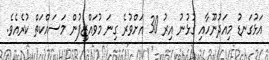
އަޅުގަނޑު މިއަދުނޫހާއި ގުޅުނު އިރު 30 އަށްވުރެ ގިނަ މުވައްޒިފުން މަސައްކަތް ކުރެއެވެ.